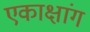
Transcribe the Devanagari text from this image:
एकाक्षांग